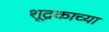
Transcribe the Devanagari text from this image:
शूद्रकाच्या